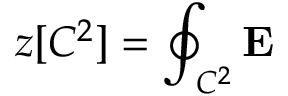
z [ C ^ { 2 } ] = \oint _ { C ^ { 2 } } { \mathbf E }